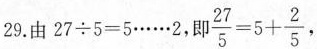
29. 由 $$2 7 \div 5 = 5 …… 2$$，即$$\frac { 2 7 } { 5 } = 5 + \frac { 2 } { 5 }$$，